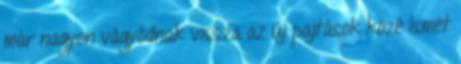
már nagyon vágyódnak vissza az új pajtások közé Ismét